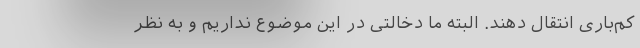
کم‌باری انتقال دهند. البته ما دخالتی در این موضوع نداریم و به نظر